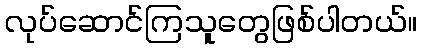
လုပ်ဆောင်ကြသူတွေဖြစ်ပါတယ်။